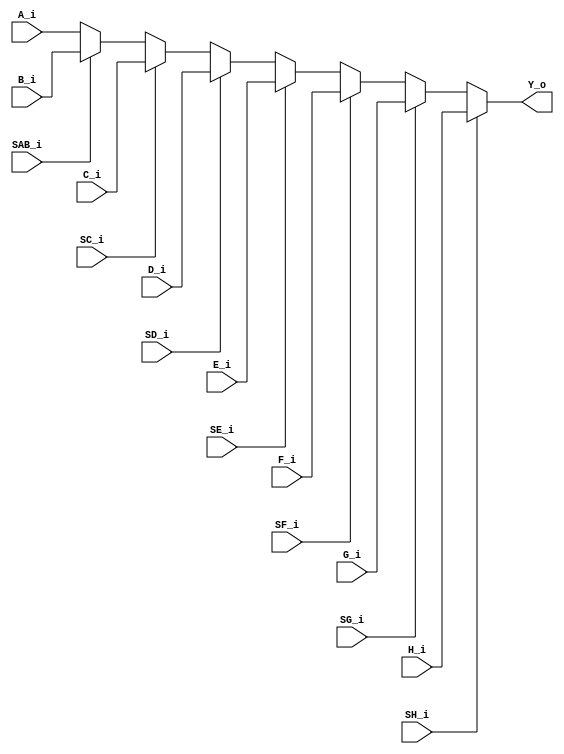
module ByteMuxOct (
  (* intersynth_conntype = "Byte" *)
  input[7:0] A_i,
  (* intersynth_conntype = "Byte" *)
  input[7:0] B_i,
  (* intersynth_conntype = "Byte" *)
  input[7:0] C_i,
  (* intersynth_conntype = "Byte" *)
  input[7:0] D_i,
  (* intersynth_conntype = "Byte" *)
  input[7:0] E_i,
  (* intersynth_conntype = "Byte" *)
  input[7:0] F_i,
  (* intersynth_conntype = "Byte" *)
  input[7:0] G_i,
  (* intersynth_conntype = "Byte" *)
  input[7:0] H_i,
  (* intersynth_conntype = "Bit" *)
  input SAB_i,
  (* intersynth_conntype = "Bit" *)
  input SC_i,
  (* intersynth_conntype = "Bit" *)
  input SD_i,
  (* intersynth_conntype = "Bit" *)
  input SE_i,
  (* intersynth_conntype = "Bit" *)
  input SF_i,
  (* intersynth_conntype = "Bit" *)
  input SG_i,
  (* intersynth_conntype = "Bit" *)
  input SH_i,
  (* intersynth_conntype = "Byte" *)
  output[7:0] Y_o
);
wire [7:0] AB      = SAB_i ? B_i : A_i;
wire [7:0] ABC     = SC_i  ? C_i : AB;
wire [7:0] ABCD    = SD_i  ? D_i : ABC;
wire [7:0] ABCDE   = SE_i  ? E_i : ABCD;
wire [7:0] ABCDEF  = SF_i  ? F_i : ABCDE;
wire [7:0] ABCDEFG = SG_i  ? G_i : ABCDEF;
assign     Y_o     = SH_i  ? H_i : ABCDEFG;
endmodule